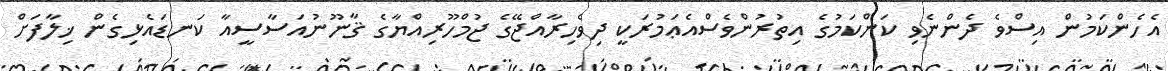
އެހެންކަމުން އިސްވެ ދެންނެވި ކަންކަމުގެ އިތުރުންވެސްއެޢަމުރަކީ ދިވެހިރާއްޖޭގެ ޖުމްހޫރިއްޔާގެ ޤާނޫނުއަސާސީއާ ކަނޑައެޅިގެން ޚިލާފަށް